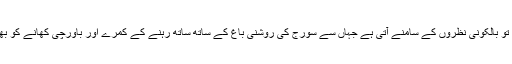
اِس سے باہر نکلیں تو بالکونی نظروں کے سامنے آتی ہے جہاں سے سورج کی روشنی باغ کے ساتھ ساتھ رہنے کے کمرے اور باورچی کھانے کو بھی منور کرتی ہے۔